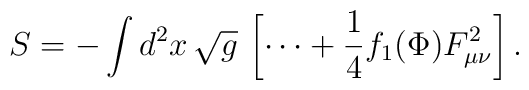
S= -\int d^2x\,\sqrt{g}\,\left[ \cdots + \frac{1}{4} f_1 (\Phi)F^2_{\mu\nu} \right]. \nonumber